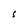
Character: S